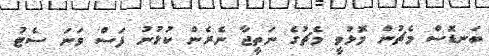
ބަނޑޮސް މެޗުން މޮޅުވީ މެޗުގެ ނަތީޖާ ނެރެން ކުޅުނު ފަސް ވަނަ ސެޓު